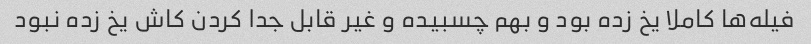
فیله‌ها کاملا یخ زده بود و بهم چسبیده و غیر قابل جدا کردن کاش یخ زده نبود